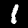
Label: 1